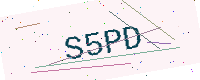
Text: S5PD